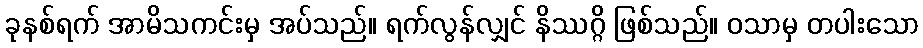
ခုနစ်ရက် အာမိသကင်းမှ အပ်သည်။ ရက်လွန်လျှင် နိဿဂ္ဂိ ဖြစ်သည်။ ဝသာမှ တပါးသော